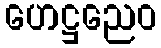
ဟေဋ္ဌညေဝ